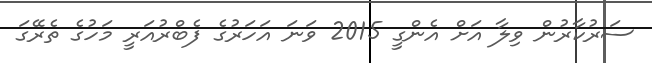
ސަރުކާރުން ވިލާ އަށް އެންގީ 2015 ވަަނަ އަހަރުގެ ފެބްރުއަރީ މަހުގެ ތެރޭގަ